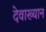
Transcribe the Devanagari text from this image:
देवाख्यान